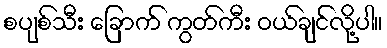
စပျစ်သီး ခြောက် ကွတ်ကီး ဝယ်ချင်လို့ပါ။